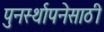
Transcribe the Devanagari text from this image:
पुनर्स्थापनेसाठी